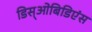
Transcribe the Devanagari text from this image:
डिस्‌ओबिडिएंस